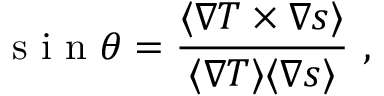
\mathrm { ~ s ~ i ~ n ~ } \theta = \frac { \langle \nabla T \times \nabla s \rangle } { \langle \nabla T \rangle \langle \nabla s \rangle } ~ ,